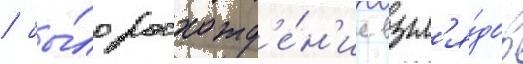
/ бы́ло расхожд'е́н'ие взгл'я́дов